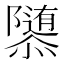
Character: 𱁀